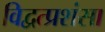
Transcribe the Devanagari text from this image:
विद्वत्प्रशंसा